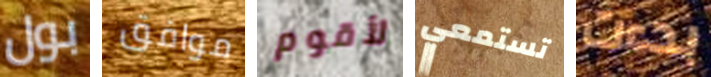
بول موافق لأقوم تستمعي بدءت